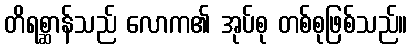
တိရစ္ဆာန်သည် လောက၏ အုပ်စု တစ်စုဖြစ်သည်။